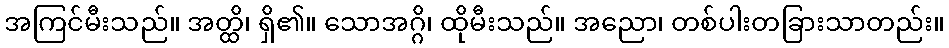
အကြင်မီးသည်။ အတ္ထိ၊ ရှိ၏။ သောအဂ္ဂိ၊ ထိုမီးသည်။ အညော၊ တစ်ပါးတခြားသာတည်း။